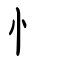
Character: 忄